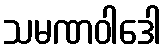
သမဏဝါဒေါ